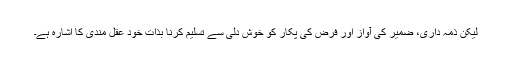
لیکن ذمہ داری، ضمیر کی آواز اور فرض کی پکار کو خوش دلی سے تسلیم کرنا بذات خود عقل مندی کا اشارہ ہے۔